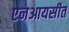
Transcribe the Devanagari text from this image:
एनआयसीत